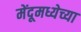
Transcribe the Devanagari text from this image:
मेंदूमध्येच्या